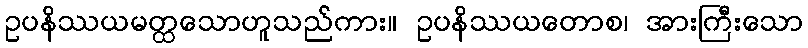
ဥပနိဿယမတ္ထသောဟူသည်ကား။ ဥပနိဿယတောစ၊ အားကြီးသော